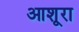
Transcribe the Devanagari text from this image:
आशूरा